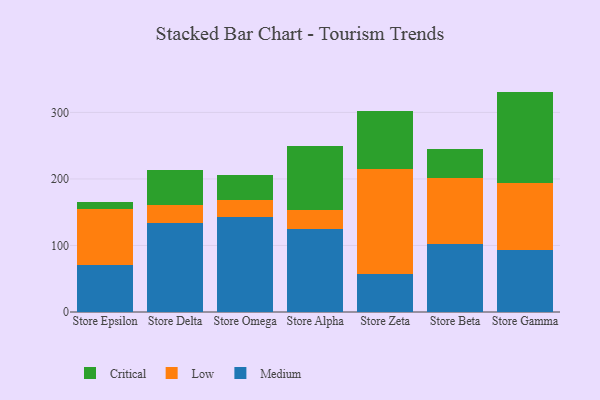
{"axis": {"x": "Store", "y": "Production Output"}, "legend": ["Critical", "Low", "Medium"], "data": [{"x": "Store Epsilon", "y": 71.2, "type": "Medium"}, {"x": "Store Epsilon", "y": 82.9, "type": "Low"}, {"x": "Store Epsilon", "y": 11.8, "type": "Critical"}, {"x": "Store Delta", "y": 133.7, "type": "Medium"}, {"x": "Store Delta", "y": 26.8, "type": "Low"}, {"x": "Store Delta", "y": 52.9, "type": "Critical"}, {"x": "Store Omega", "y": 143.5, "type": "Medium"}, {"x": "Store Omega", "y": 25.5, "type": "Low"}, {"x": "Store Omega", "y": 37.0, "type": "Critical"}, {"x": "Store Alpha", "y": 125.0, "type": "Medium"}, {"x": "Store Alpha", "y": 28.7, "type": "Low"}, {"x": "Store Alpha", "y": 95.6, "type": "Critical"}, {"x": "Store Zeta", "y": 56.6, "type": "Medium"}, {"x": "Store Zeta", "y": 157.8, "type": "Low"}, {"x": "Store Zeta", "y": 87.1, "type": "Critical"}, {"x": "Store Beta", "y": 101.5, "type": "Medium"}, {"x": "Store Beta", "y": 100.0, "type": "Low"}, {"x": "Store Beta", "y": 43.9, "type": "Critical"}, {"x": "Store Gamma", "y": 92.6, "type": "Medium"}, {"x": "Store Gamma", "y": 101.0, "type": "Low"}, {"x": "Store Gamma", "y": 137.7, "type": "Critical"}]}